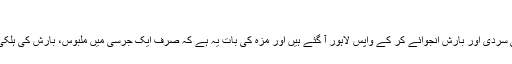
رفی, ‏فروری 4, 2013
ہم تو پچھلے تین دنوں سے اسلام آباد کی سردی اور بارش انجوائے کر کے واپس لاہور آ گئے ہیں اور مزہ کی بات یہ ہے کہ صرف ایک جرسی میں ملبوس، بارش کی ہلکی ہلکی بوندوں میں بھیگنا کافی اچھا لگا۔